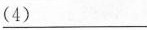
\underline{（4）}___